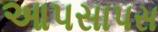
આપસાપસ